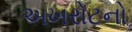
અખરોટનો